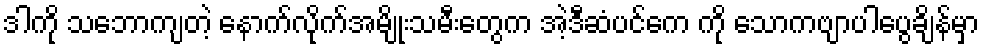
ဒါကို သဘောကျတဲ့ နောက်လိုက်အမျိုးသမီးတွေက အဲ့ဒီဆံပင်ကေ ကို သောကဗျာပါပွေချိန်မှာ